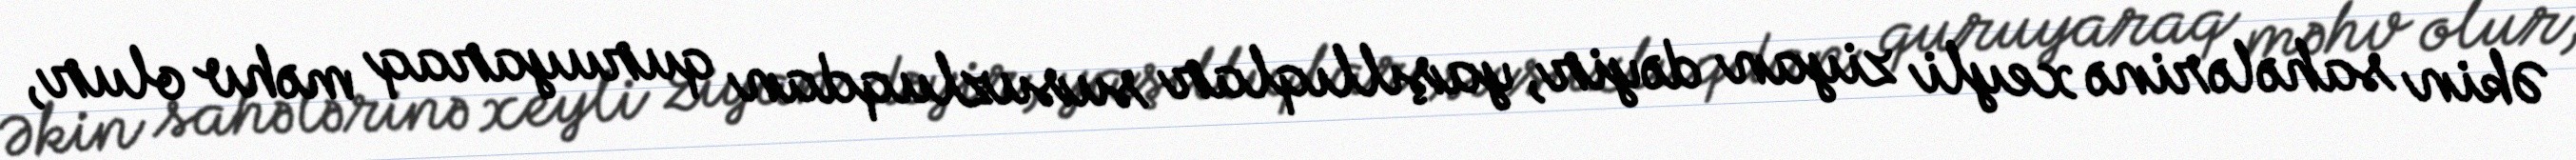
Əkin sahələrinə xeyli ziyan dəyir, yaşıllıqlar susuzluqdan quruyaraq məhv olur,